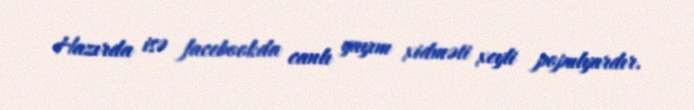
Hazırda isə facebookda canlı yayım xidməti xeyli populyardır.